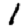
Digit: 1